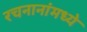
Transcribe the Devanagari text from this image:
रचनानांमध्ये